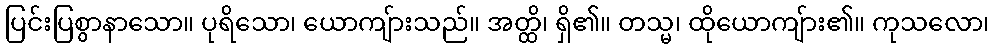
ပြင်းပြစွာနာသော။ ပုရိသော၊ ယောကျ်ားသည်။ အတ္ထိ၊ ရှိ၏။ တသ္မ၊ ထိုယောကျ်ား၏။ ကုသလော၊